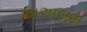
અઅલમ